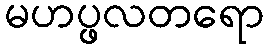
မဟပ္ဖလတရော